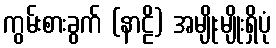
ကွမ်းစားခွက် (နာဠိ) အမျိုးမျိုးရှိပုံ